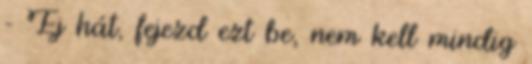
- Ej hát, fejezd ezt be, nem kell mindig